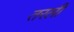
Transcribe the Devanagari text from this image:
तरली